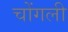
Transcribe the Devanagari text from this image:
चोंगली